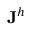
\mathbf { J } ^ { h }